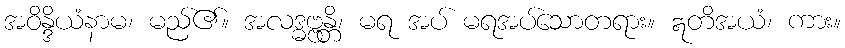
အဝိန္ဒိယံနာမ၊ မည်၏။ အလဒ္ဓဗ္ဗန္တိ၊ မရ အပ် မရအပ်သောတရား။ ဣတိအယံ၊ ကား။